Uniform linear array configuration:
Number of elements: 48
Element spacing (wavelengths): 1
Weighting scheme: uniform
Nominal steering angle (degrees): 30
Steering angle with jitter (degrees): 28.026
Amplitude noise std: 0.05
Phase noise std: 0.05

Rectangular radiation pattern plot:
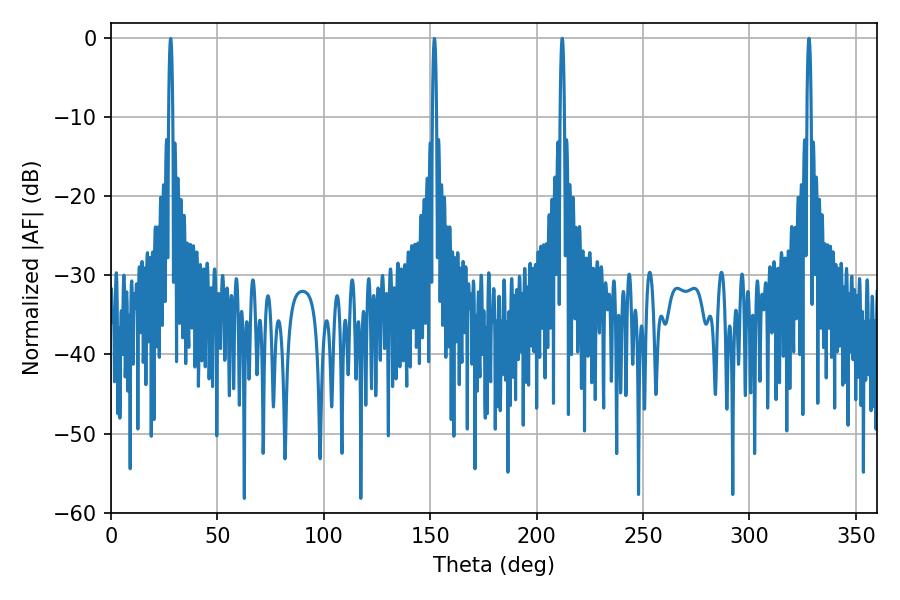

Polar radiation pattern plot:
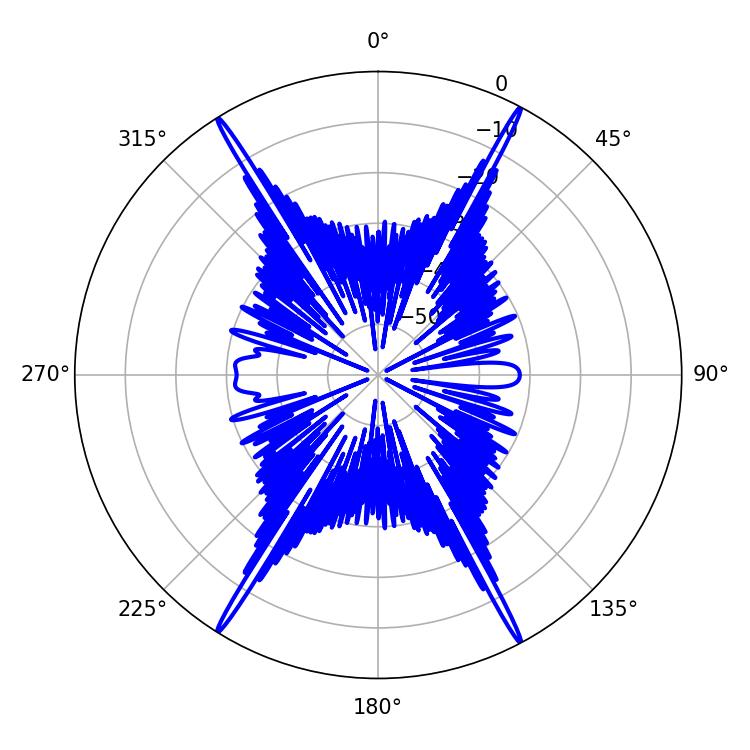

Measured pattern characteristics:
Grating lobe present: TRUE
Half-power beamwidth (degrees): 1.08
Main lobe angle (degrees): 212.04